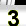
Digit: 3